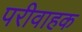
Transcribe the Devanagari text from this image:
परीवाहक